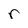
Character: r